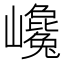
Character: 巉